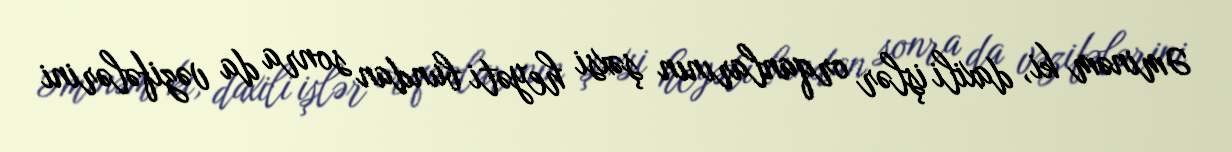
Əminəm ki, daxili işlər orqanlarının şəxsi heyəti bundan sonra da vəzifələrini